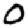
Digit: 0